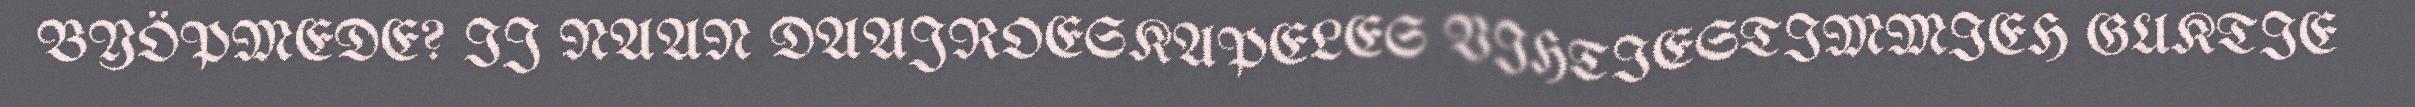
BYÖPMEDE? IJ NAAN DAAJROESKAPELES VIHTIESTIMMIEH GUKTIE